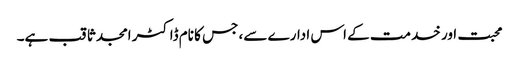
محبت اور خدمت کے اس ادارے سے، جس کا نام ڈاکٹر امجد ثاقب ہے۔